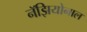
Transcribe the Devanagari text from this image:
नॅझियोनाल